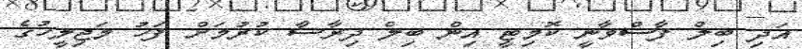
އަދި ބިލް ފާސްވާނީ ކޮމިޓީ އިން ބިލް ދިރާސާ ކުރުމަށް ފަހު މަޖިލީހުގެ